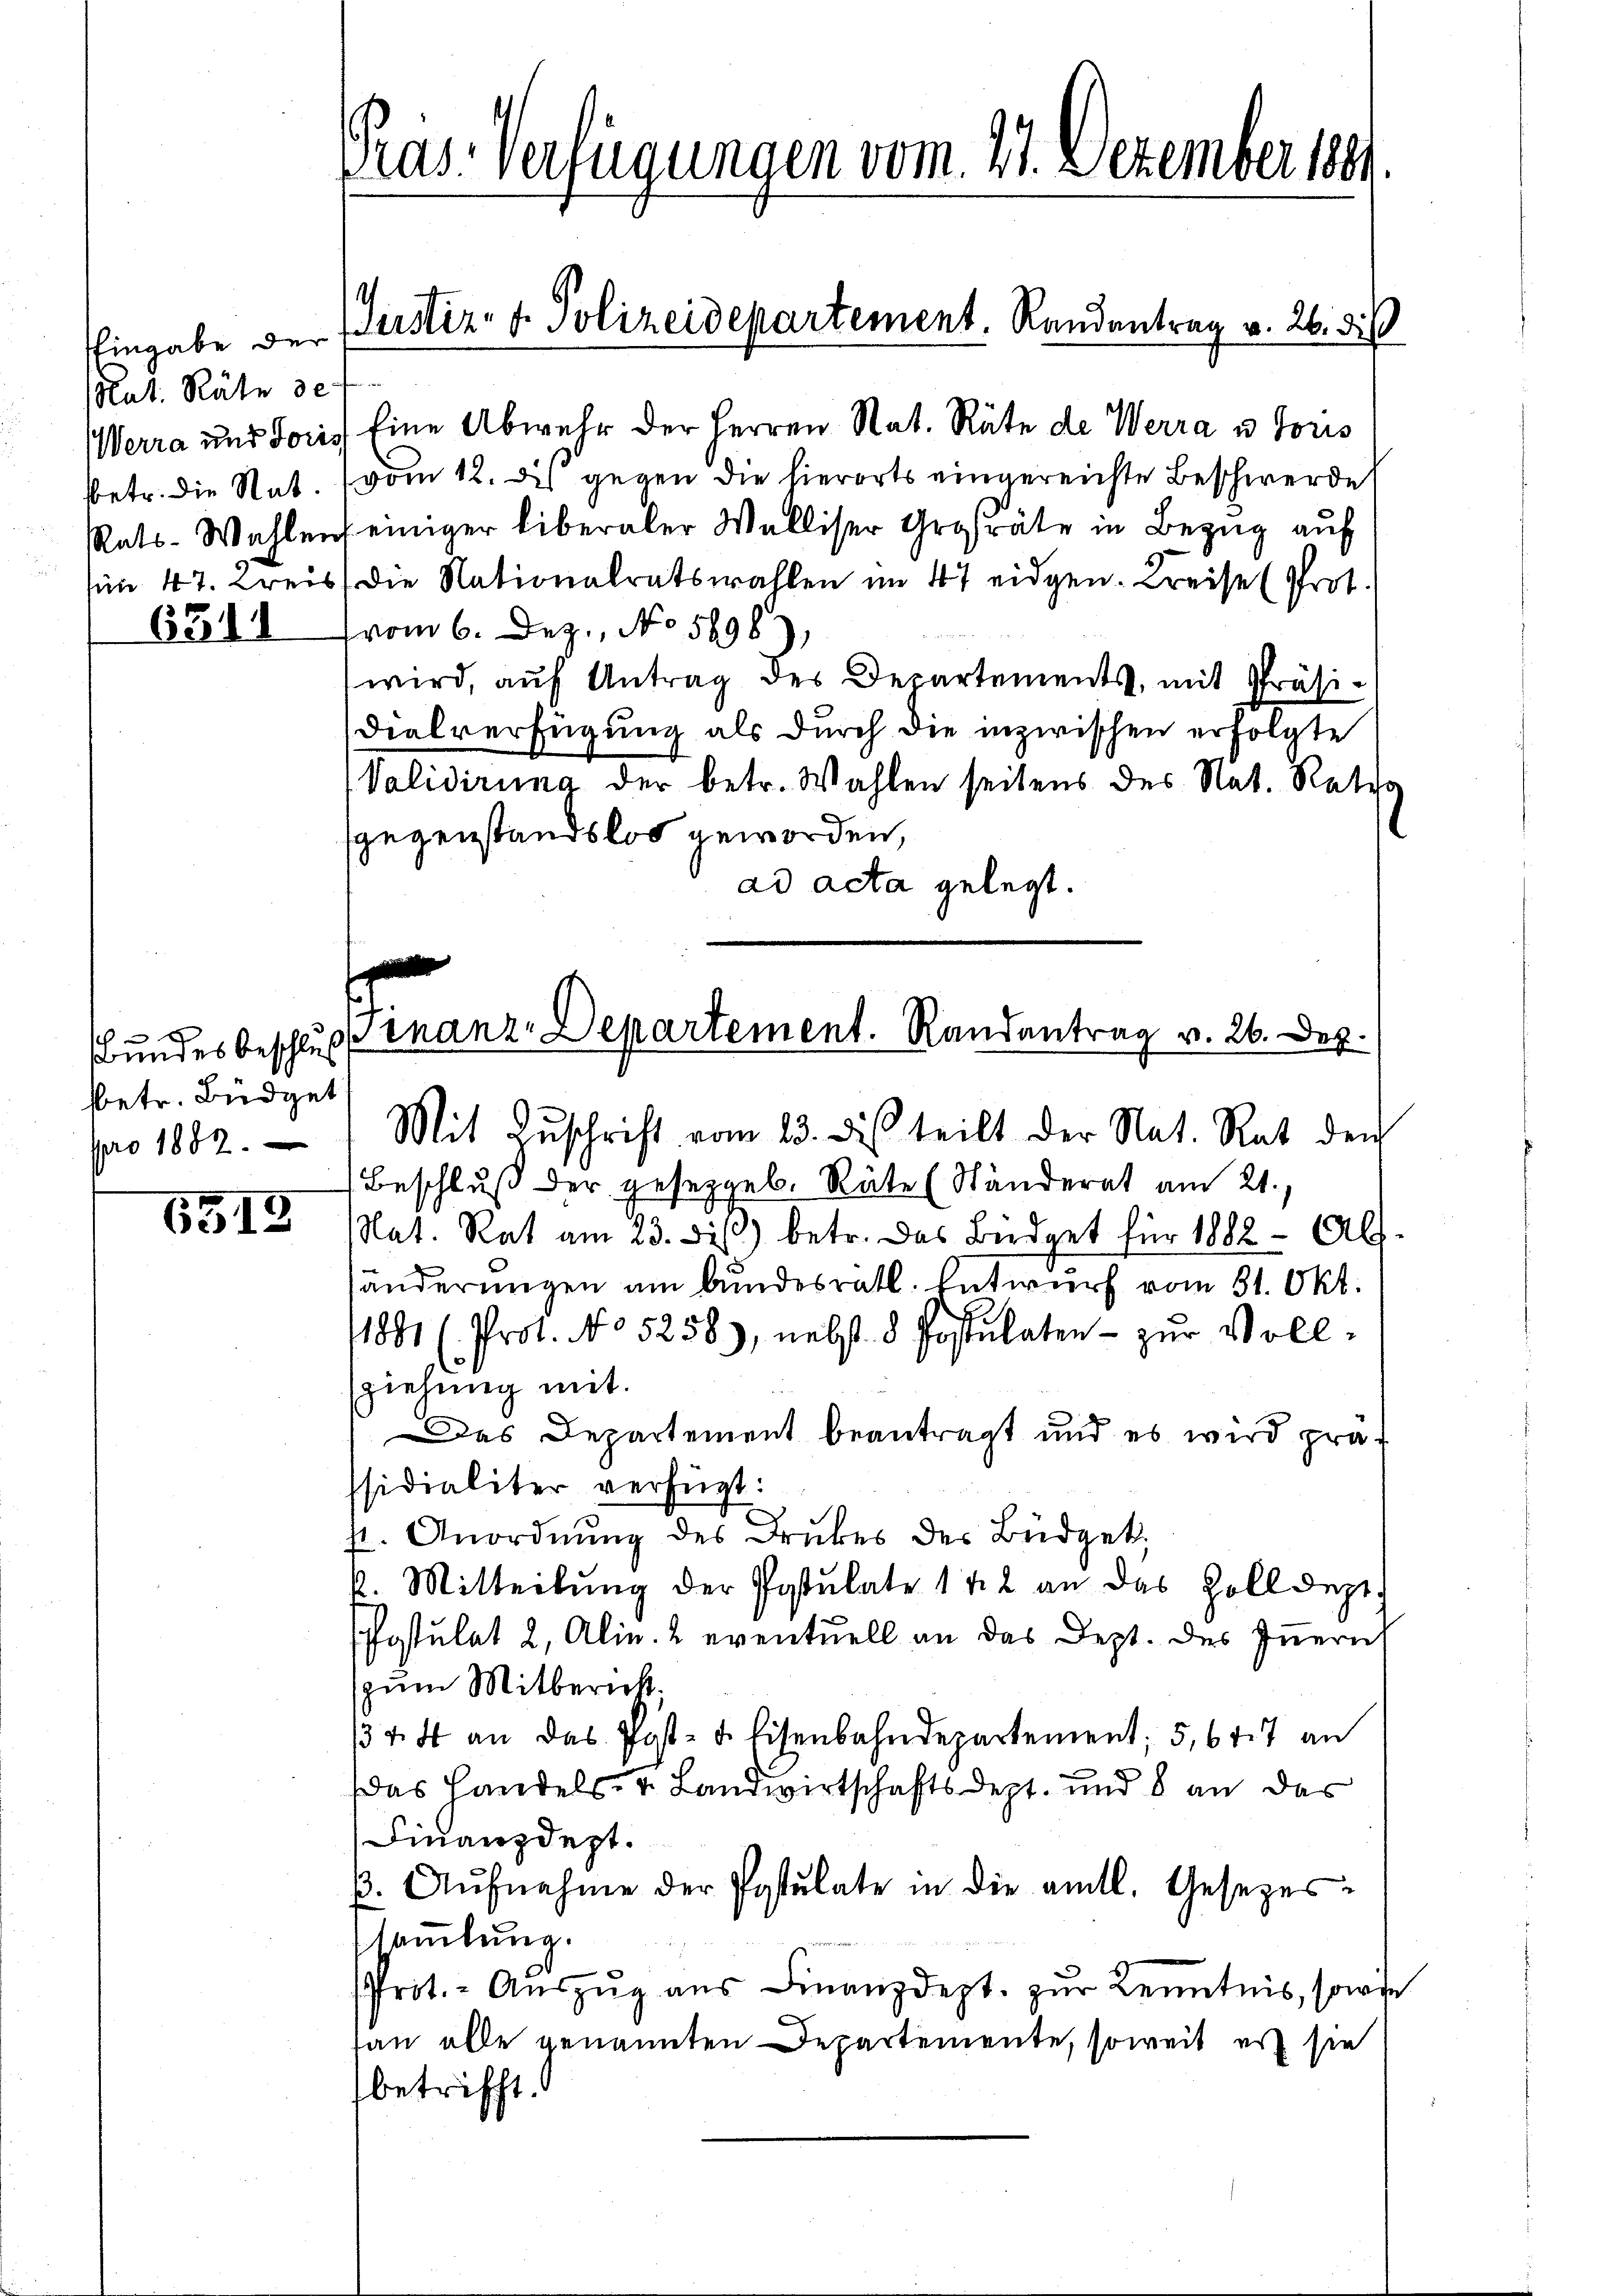
Eingabe der
Rat. Räte de

6314

h
sbundes beschluß
betr. Büdget
pro 1882.

6515

Pras. Verfügungen vom 21. Dezember 1891

Justiz- u. Polizeidepartement. Randantrag v. 26. dis

Werra und Joris Eine Abwehr der Herren Rat. Rüte de Werra u Toris
betr. die Rat. vom 12. des gegen die hierorts eingereichte Beschwerde
Rats-Wahlens einiger liberaler Walliser Großräte in Bezug auf
sin 47. Kreis die Nationalratswahlen im 47 eidgen. Kreise (Prot.
vom 6. Dez. No 5698),
wird, auf Antrag des Departements, mit Präsidialverfügung als durch die inzwischen erfolgte
(Validirung der betr. Wahlen seitens des Nat. Ratha
ggegenstandslos geworden,
ad acta gelegt.

Beschluß der geseggeb. Räte (Ständerat am 21.
Nat. Rat am 23. dis) betr. das Büdget für 1882 - Als
händerungen am bundesrath. Entwurf vom 31. Okt.
1881 (Prot. No 5258), nebst 8 Postulaten - zur Voll-
ziehung mit
Das Departement beantragt und es wird prä-
ssidialiter verfügt:
p. Anordnŭng des Druckes des Büdgetk. Mitteilŭng der Postulate 1 ½ 2 an das Zolldept.
Postulat 2, Alin. 2 eventuell an das Dept. des Innern
(zum Mitbericht.
34 4 an das Post- u. Eisenbahndepartement; 5,647 an
Das Handels- u. Landwirtschaftsdept. und 8 an das
Finanzdept.
p. Aŭfnahme der Postulate in die amtl. Gesezes-
ssammlung.
Prot. - Aŭszŭg aŭs Finanzdept. zur Kenntnis, sowie
san alle genannten Departemente, soweit es sie
betrifft.

e
Finanz-Departement. Randantrag v. 26. Dez.
Mit Zŭschrift vom 23. des teilt der Nat. Rat den